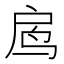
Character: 𱉓